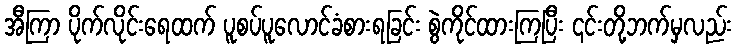
အီကြာ ပိုက်လိုင်းရေထက် ပူစပ်ပူလောင်ခံစားရခြင်း စွဲကိုင်ထားကြပြီး ၎င်းတို့ဘက်မှလည်း